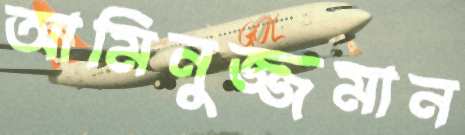
আমিনুজ্জমান